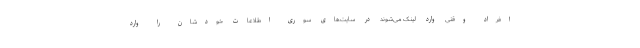
افراد وقتی وارد لینک می‌شوند در سایت‌های سوری اطلاعات خودشان را وارد